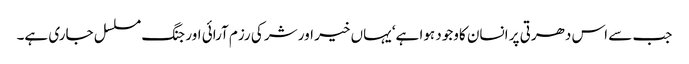
جب سے اس دھرتی پر انسان کاوجود ہوا ہے‘ یہاں خیر اور شر کی رزم آرائی اور جنگ مسلسل جاری ہے۔